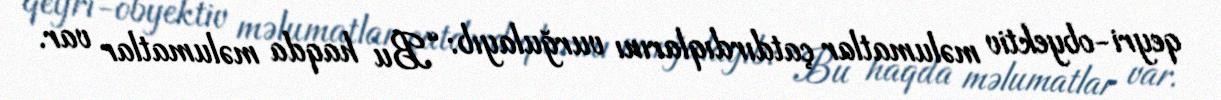
qeyri-obyektiv məlumatlar çatdırdıqlarını vurğulayıb: “Bu haqda məlumatlar var.